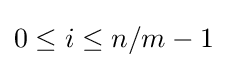
0\leq i\leq n/m-1